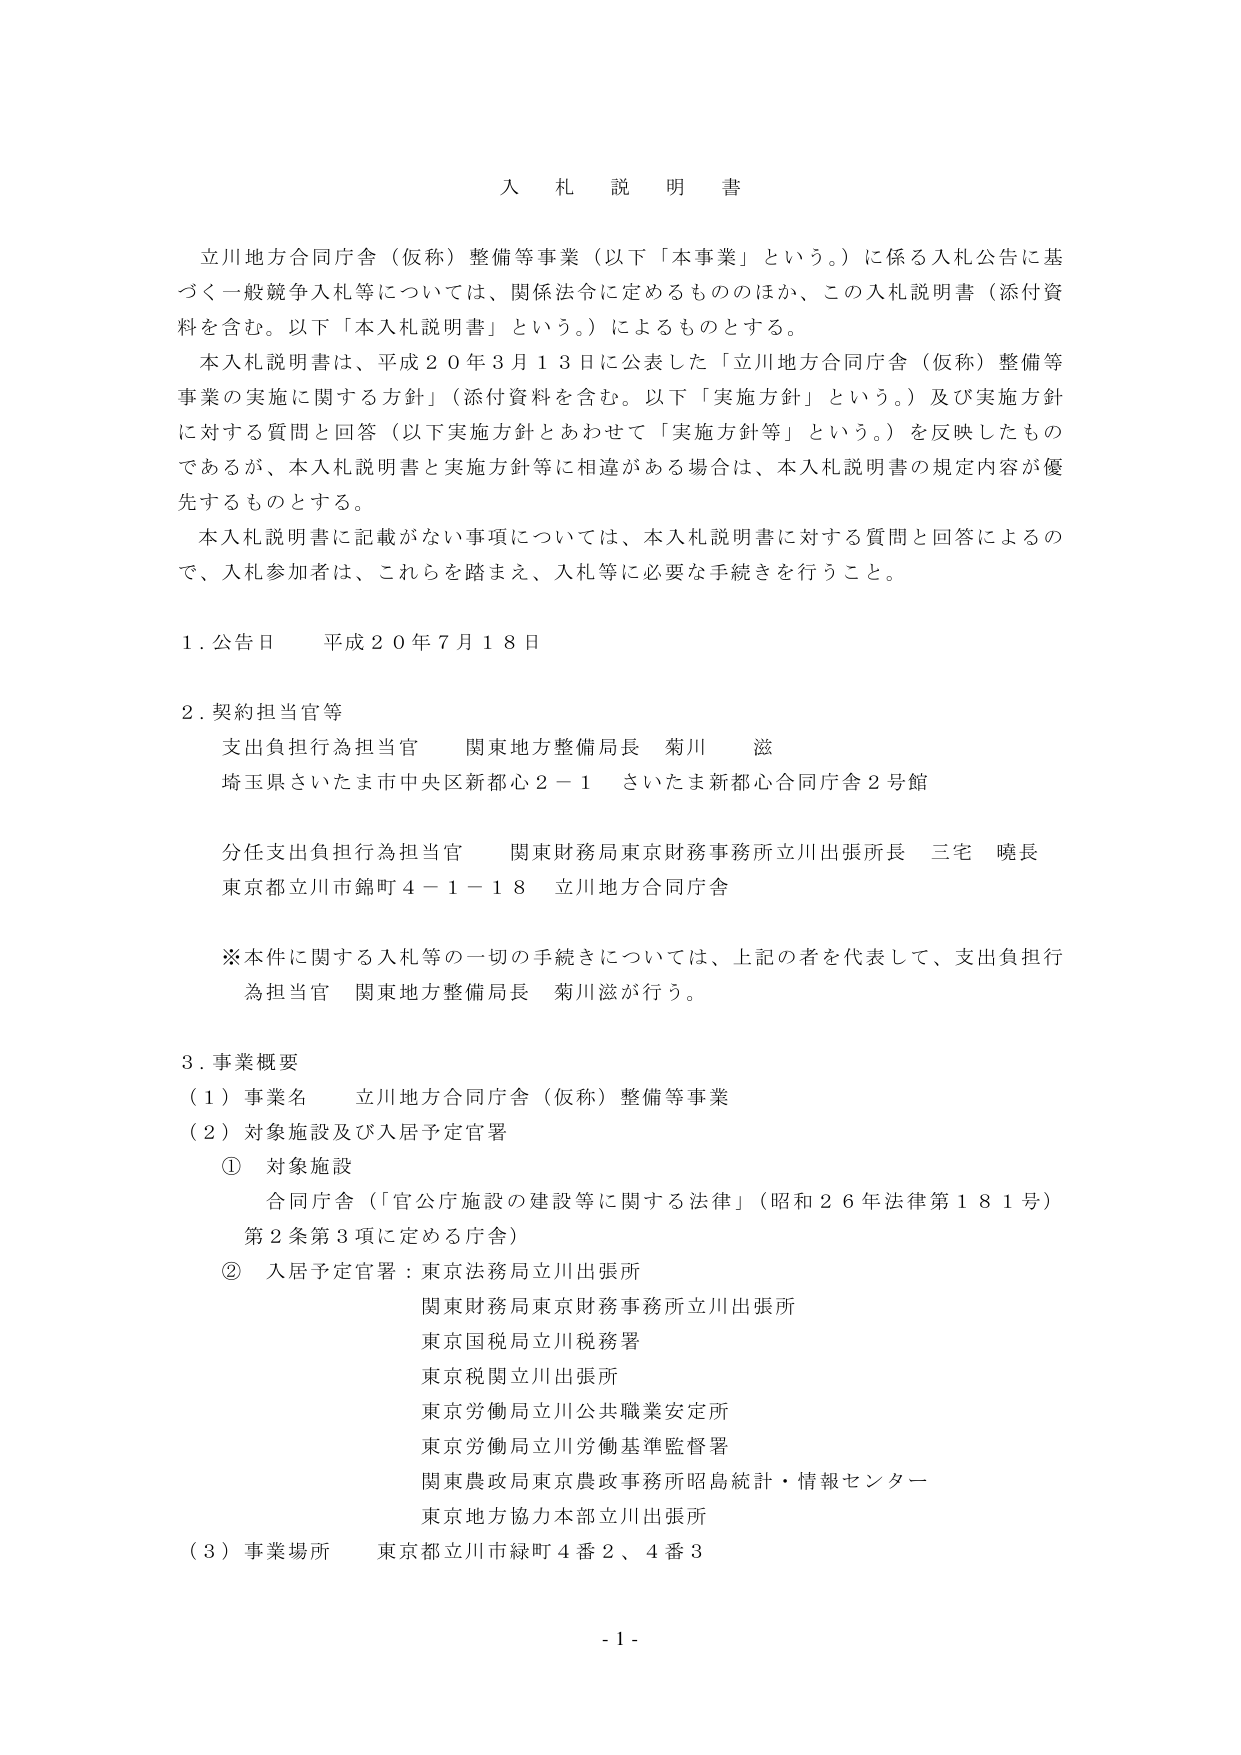
入 札 説 明 書

立川地方合同庁舎（仮称）整備等事業（以下「本事業」という。）に係る入札公告に基づく一般競争入札等については、関係法令に定めるもののほか、この入札説明書（添付資料を含む。以下「本入札説明書」という。）によるものとする。

本入札説明書は、平成２０年３月１３日に公表した「立川地方合同庁舎（仮称）整備等事業の実施に関する方針」（添付資料を含む。以下「実施方針」という。）及び実施方針に対する質問と回答（以下実施方針とあわせて「実施方針等」という。）を反映したものであるが、本入札説明書と実施方針等に相違がある場合は、本入札説明書の規定内容が優先するものとする。

本入札説明書に記載がない事項については、本入札説明書に対する質問と回答によるので、入札参加者は、これらを踏まえ、入札等に必要な手続きを行うこと。

１．公告日　平成２０年７月１８日

２．契約担当官等
　支出負担行為担当官　関東地方整備局長　菊川　滋
　埼玉県さいたま市中央区新都心２－１　さいたま新都心合同庁舎２号館

　分任支出負担行為担当官　関東財務局東京財務事務所立川出張所長　三宅　暁長
　東京都立川市錦町４－１－１８　立川地方合同庁舎

　※本件に関する入札等の一切の手続きについては、上記の者を代表して、支出負担行為担当官　関東地方整備局長　菊川滋が行う。

３．事業概要
　（１）事業名　立川地方合同庁舎（仮称）整備等事業
　（２）対象施設及び入居予定官署
　　①　対象施設
　　　合同庁舎（「官公庁施設の建設等に関する法律」（昭和２６年法律第１８１号）第２条第３項に定める庁舎）
　　②　入居予定官署：東京法務局立川出張所
　　　　　　　　　　関東財務局東京財務事務所立川出張所
　　　　　　　　　　東京国税局立川税務署
　　　　　　　　　　東京税関立川出張所
　　　　　　　　　　東京労働局立川公共職業安定所
　　　　　　　　　　東京労働局立川労働基準監督署
　　　　　　　　　　関東農政局東京農政事務所昭島統計・情報センター
　　　　　　　　　　東京地方協力本部立川出張所
　（３）事業場所　東京都立川市緑町４番２、４番３

- 1 -